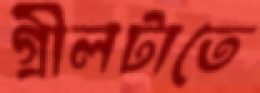
গ্রীলটাতে